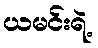
ယမင်းရဲ့